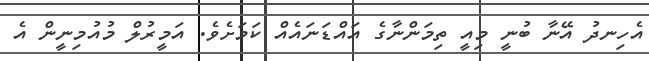
އެހިނދު އޭނާ ބުނީ މިއީ ތިމަންނާގެ އައްޑަނައެއް ކަމަށެވެ. އަމީރުލް މުއުމިނީން އެ